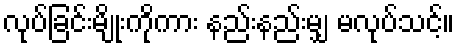
လုပ်ခြင်းမျိုးကိုကား နည်းနည်းမျှ မလုပ်သင့်။